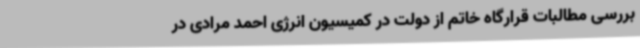
بررسی مطالبات قرارگاه خاتم از دولت در کمیسیون انرژی احمد مرادی در